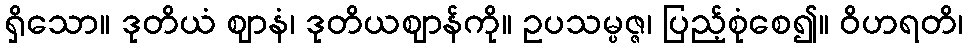
ရှိသော။ ဒုတိယံ ဈာနံ၊ ဒုတိယဈာန်ကို။ ဥပသမ္ပဇ္ဇ၊ ပြည့်စုံစေ၍။ ဝိဟရတိ၊